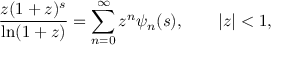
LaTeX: { \frac { z ( 1 + z ) ^ { s } } { \ln ( 1 + z ) } } = \sum _ { n = 0 } ^ { \infty } z ^ { n } \psi _ { n } ( s ) , \qquad | z | < 1 ,